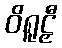
ဝိရူဠှီ